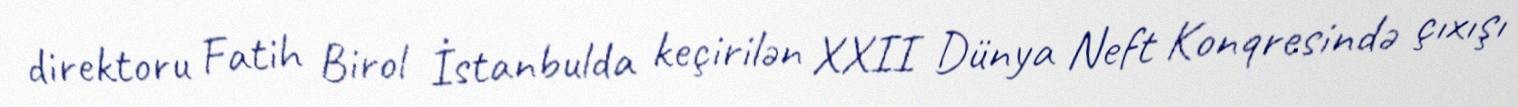
direktoru Fatih Birol İstanbulda keçirilən XXII Dünya Neft Konqresində çıxışı